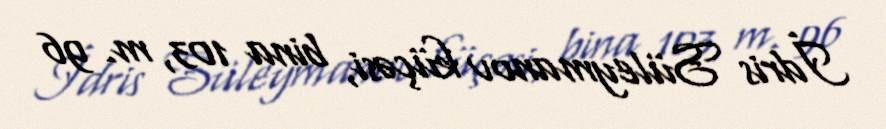
İdris Süleymanov küçəsi, bina 103, m. 96